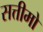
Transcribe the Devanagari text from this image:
सत्तीमो